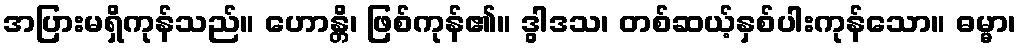
အပြားမရှိကုန်သည်။ ဟောန္တိ၊ ဖြစ်ကုန်၏။ ဒွါဒသ၊ တစ်ဆယ့်နှစ်ပါးကုန်သော။ ဓမ္မာ၊